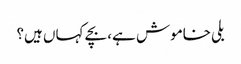
بلی خاموش ہے، بچے کہاں ہیں؟